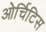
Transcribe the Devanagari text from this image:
ओर्चिटिस